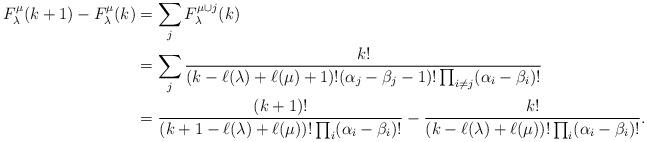
LaTeX: \begin{align*}F^{\mu}_{\lambda}(k+1)-F^{\mu}_{\lambda}(k)&=\sum_{j}F^{\mu\cup j}_{\lambda}(k) \\&=\sum_{j}\frac{k!}{(k-\ell(\lambda)+\ell(\mu)+1)!(\alpha_{j}-\beta_{j}-1)!\prod_{i\neq j}(\alpha_{i}-\beta_{i})!} \\&=\frac{(k+1)!}{(k+1-\ell(\lambda)+\ell(\mu))!\prod_{i}(\alpha_{i}-\beta_{i})!}-\frac{k!}{(k-\ell(\lambda)+\ell(\mu))!\prod_{i}(\alpha_{i}-\beta_{i})!}.\end{align*}